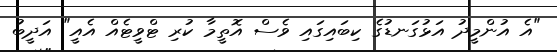
"އެ އުންމީދު އަޅުގަނޑުގެ ކިބައިގައި ވެސް އޮތީމާ ކުރި ޓްވީޓެއް އެއީ" އަދީބު